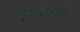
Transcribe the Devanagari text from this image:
शिबिकादि